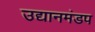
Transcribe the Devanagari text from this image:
उद्यानमंडप